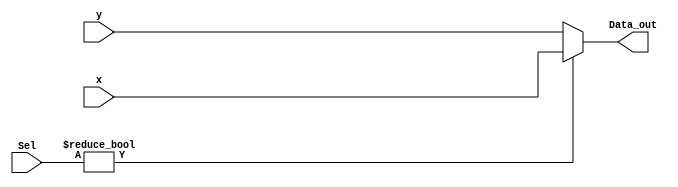
module mux_module //Parameter MUX module
#(
   //
  parameter DATA_WIDTH = 32
)//Input and output variables for the module:
(
   input [(DATA_WIDTH-1):0] x,
   input [(DATA_WIDTH-1):0] y,
	input [1:0] Sel,
	output [(DATA_WIDTH-1):0] Data_out
);
//Ternary assigment condition for the MUX data 
assign Data_out = Sel ? x : y ; 
endmodule